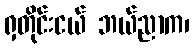
ရှတိုင်းငယ် ဘယ်ညာက၊